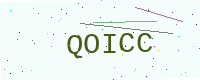
Text: QOICC